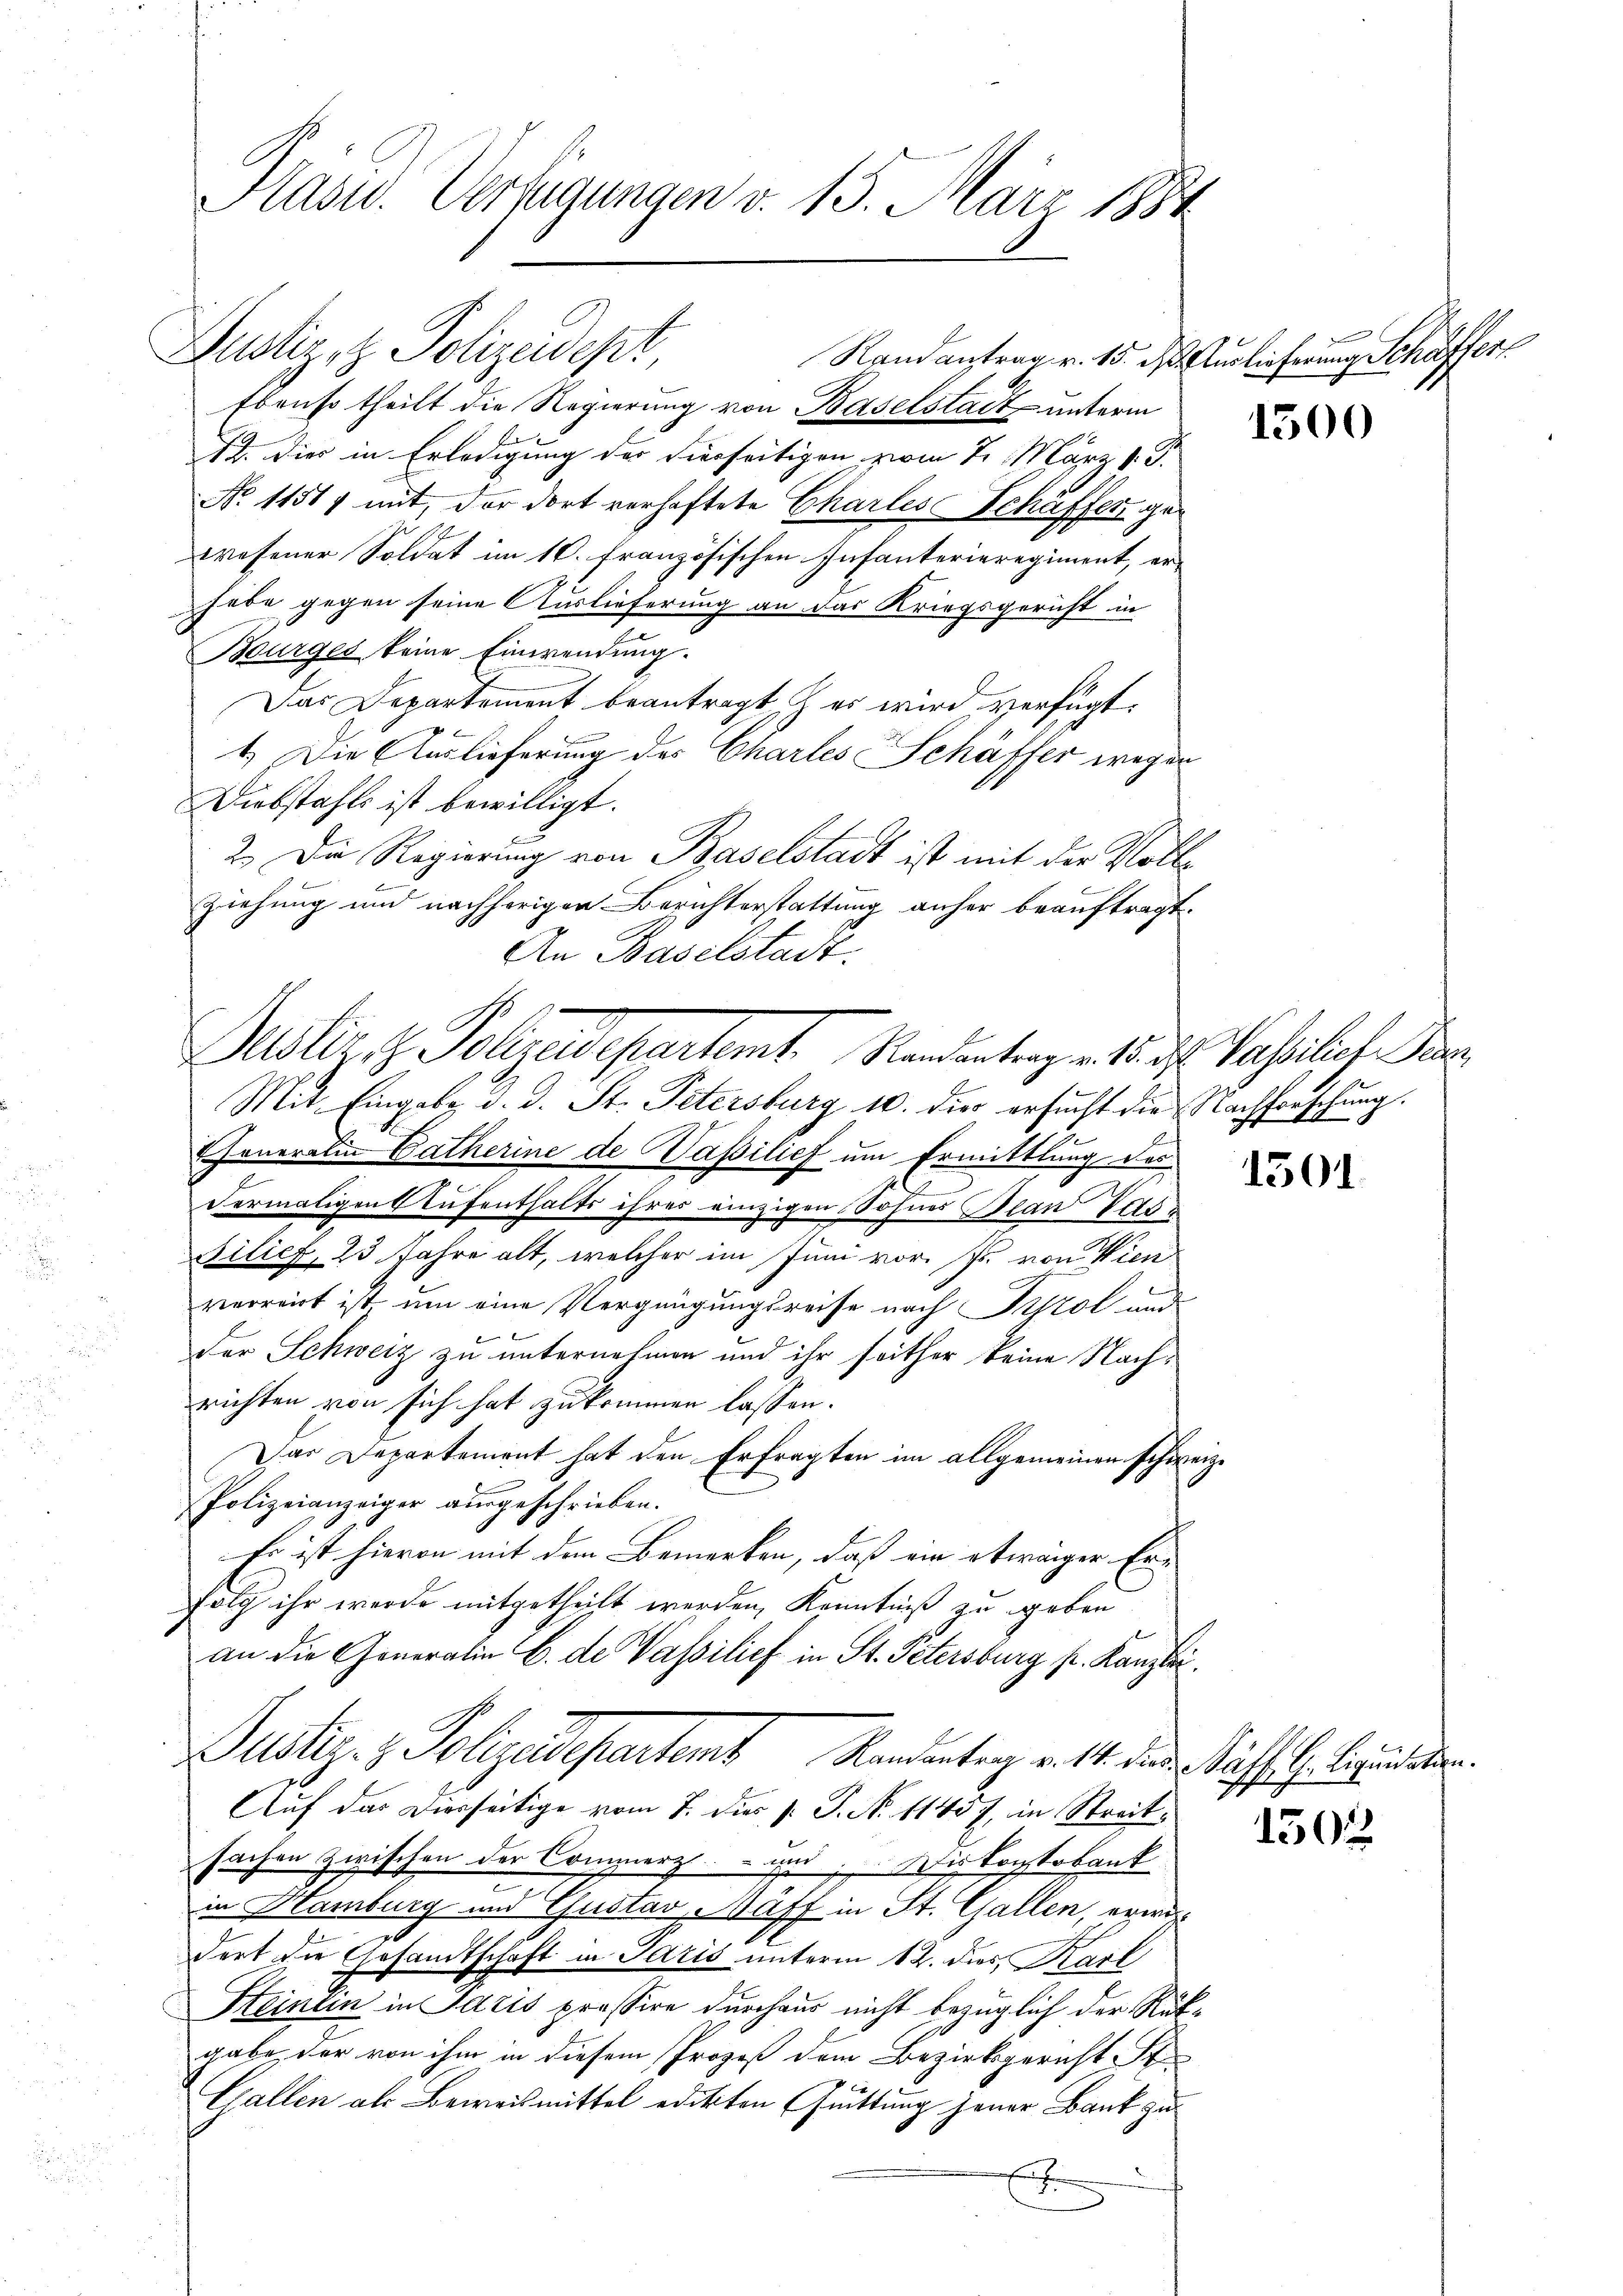
Präsid. Verfügungen v. 15. März 1884

Zustiz- & Polizeidept,
Randantrag v. 15. des Auslieferung Schaffers
Ebenso theilt die Regierung von Baselstadt unterm
12. Dies in Erledigung der hierseitigen vom 2. März v. J.
No. 11517 mit, der dort verhaftete Charlese Schaffen gewesener Soldat im 10. Französischen Infanterieregiment, erhabe gegen seine Auslieferung an das Kriegsgericht in
Bourges keine Einwendung.
Das Departement beantragt, & es wird verfügt:
1.) Die Auslieferung des Charles Schäffer wegen
Diebstahls ist bewilligt.
2. Die Regierung von Baselstadt ist mit der Voll¬
Ziehung und nachherigen Berichterstattung anher beauftragt.
An Baselstadt.
Mit Eingabe d. d. St. Petersburg 10. die ersucht die Nachforschung.
Eheneralen Catherine de Vasilief um Ermittlung des
dermaligen Aufenthalts ihres einzigen Sohnes Blan das
Bilief, 23 Jahre alt, welcher im Juni vor. Js. von Wien
verreich ist um eine Vergnügungsreise nach Tyrol und
der Schweiz zu unternehmen und ihr seither keine Nachrichten von sich hat zukommen lassen.
Das Departement hat den Erfragten im allgemeinen schwe¬
Polizeianzeiger ausgeschrieben.
Es ist hievon mit den Bemerken, daß ein etwaiger Erfolg ihr werde mitgetheilt werden, Kenntniß zu geben
an die Generalin C. de Vasilief in St. Petersburg p. Kanzlei.
Justiz- & Polizeadepartem Randentrag ritt. der Sache Gebunden.
Auf das Dierseitige vom 7. dies P. P. No. 11457, in Streitsachen zwischen der Commerz und Die Kontobank
in Hamburg und Gustav Wäff in St. Gallen, erwi
dert die Gesandtschaft in Paris unterm 12. dies, Karl
Steinlin in Idiis pressire durchaus nicht bezüglich der Rütgabe, der von ihm in diesem Prozeß dem Bezirksgericht St
Gallen als Beweismittel edikten (Früttung jener Bank zu¬
E

Justiz z. Polyedepartamt Randantrag v. 15. ds Vasilios Pa

g

1500

1501

1505